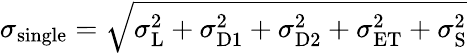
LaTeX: \sigma_{\mathrm{single}}=\sqrt{\sigma_{\mathrm{L}}^{2}+\sigma_{\mathrm{D1}}^{2}+\sigma_{\mathrm{D2}}^{2}+\sigma_{\mathrm{ET}}^{2}+\sigma_{\mathrm{S}}^{2}}